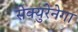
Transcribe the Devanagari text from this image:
सेक्युरेनेगा